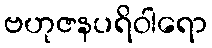
ဗဟုဇနပရိဝါရော